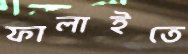
ফালাইতে